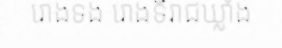
រោងទង រោងទីរាជឃ្លាំង